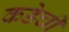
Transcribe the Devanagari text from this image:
कडेची